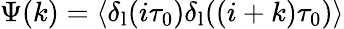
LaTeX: \Psi(k)=\langle\delta_{\mathrm{l}}(i\tau_{0})\delta_{\mathrm{l}}((i+k)\tau_{0})\rangle